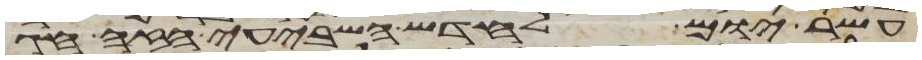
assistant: עשר יום לחדש השביעי הזה חג